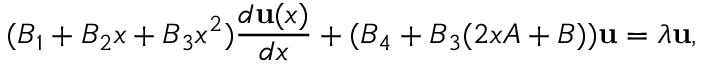
( B _ { 1 } + B _ { 2 } x + B _ { 3 } x ^ { 2 } ) { \frac { d { \bf u } ( x ) } { d x } } + ( B _ { 4 } + B _ { 3 } ( 2 x A + B ) ) { \bf u } = \lambda { \bf u } ,